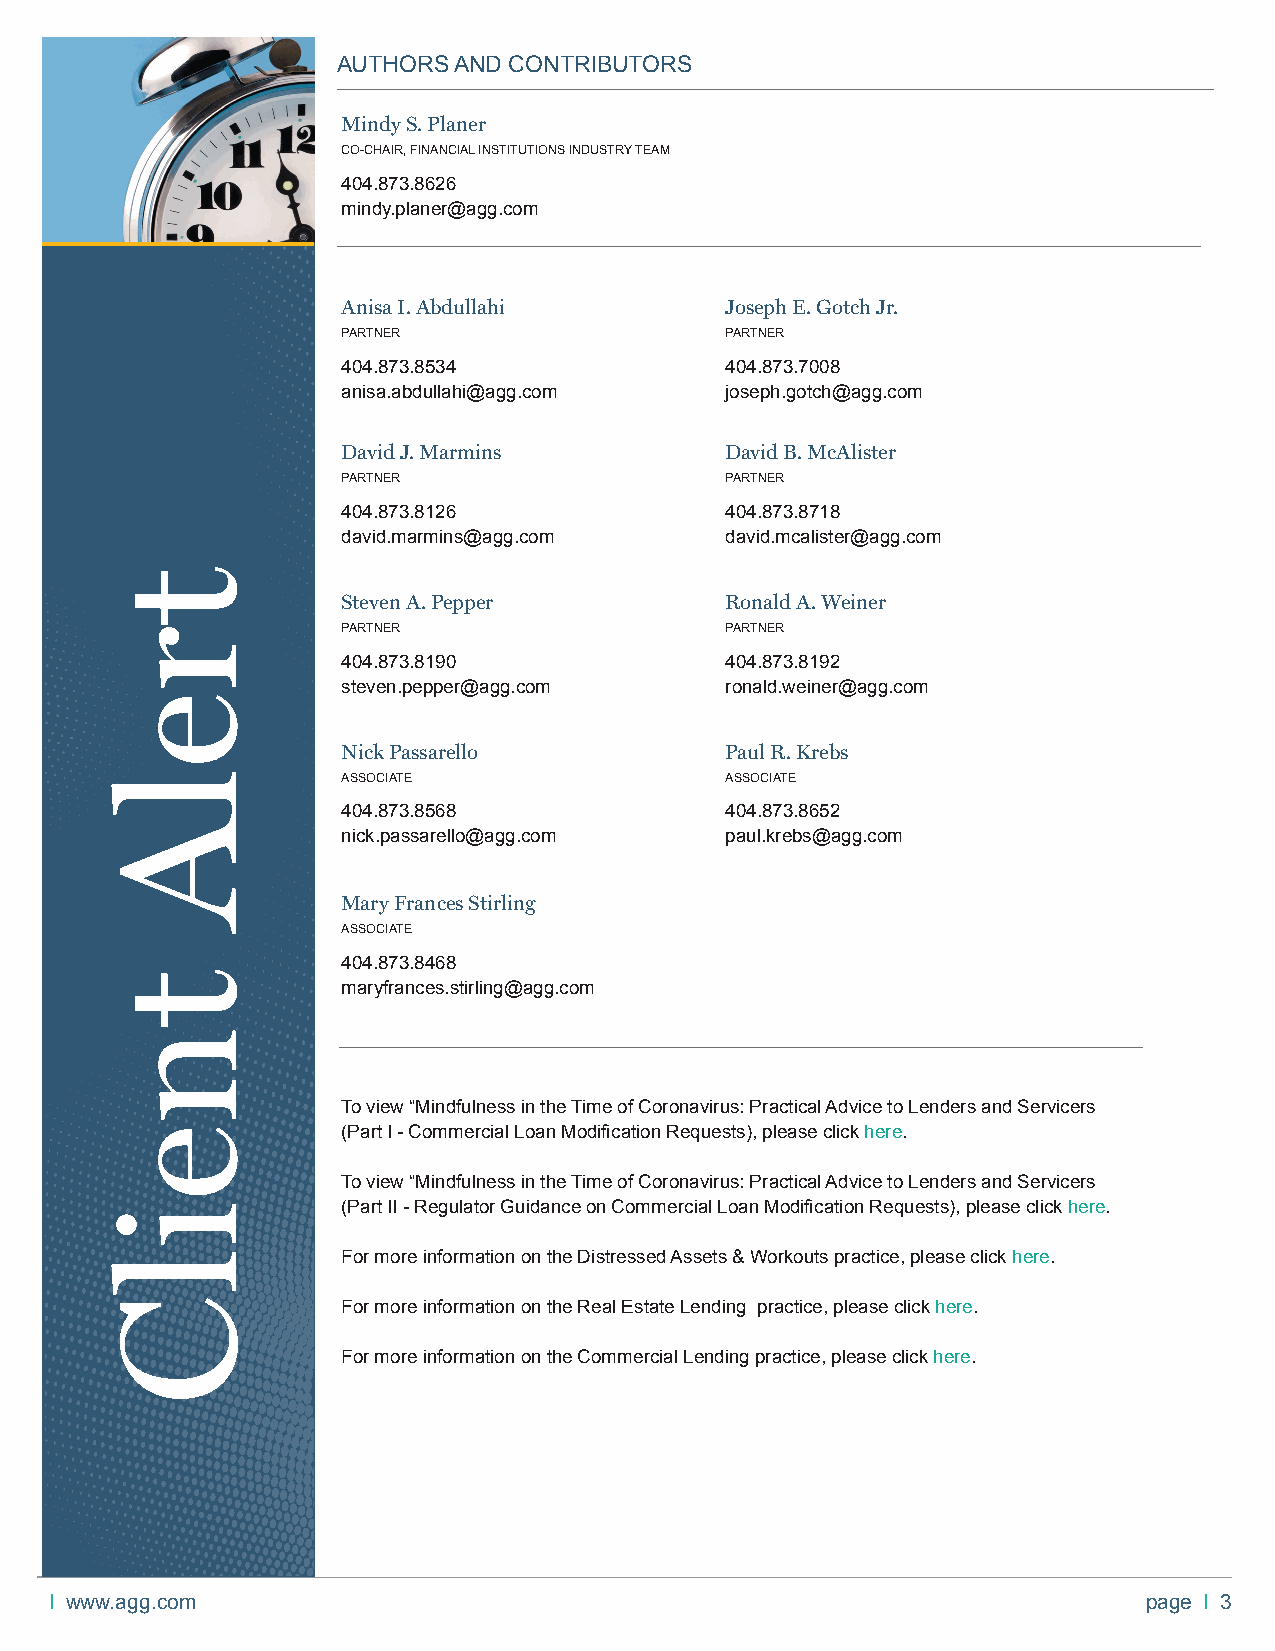
AUTHORS AND CONTRIBUTORS
 Mindy S. Planer
 CO-CHAIR, FINANCIAL INSTITUTIONS INDUSTRY TEAM
 404.873.8626
 mindy.planer@agg.com
 Anisa I. Abdullahi       Joseph E. Gotch Jr.
 PARTNER                  PARTNER
 404.873.8534             404.873.7008
 anisa.abdullahi@agg.com  joseph.gotch@agg.com
 David J. Marmins         David B. McAlister
 PARTNER                  PARTNER
 404.873.8126             404.873.8718
 david.marmins@agg.com    david.mcalister@agg.com
 Steven A. Pepper         Ronald A. Weiner
 PARTNER                  PARTNER
 404.873.8190             404.873.8192
 steven.pepper@agg.com    ronald.weiner@agg.com
 Nick Passarello          Paul R. Krebs
 ASSOCIATE                ASSOCIATE
 404.873.8568             404.873.8652
 nick.passarello@agg.com  paul.krebs@agg.com
 Mary Frances Stirling
 ASSOCIATE
 404.873.8468
 maryfrances.stirling@agg.com
 To view “Mindfulness in the Time of Coronavirus: Practical Advice to Lenders and Servicers
 (Part I - Commercial Loan Modifi cation Requests), please click here.
 To view “Mindfulness in the Time of Coronavirus: Practical Advice to Lenders and Servicers
 (Part II - Regulator Guidance on Commercial Loan Modifi cation Requests), please click here.
 For more information on the Distressed Assets & Workouts practice, please click here.
 For more information on the Real Estate Lending practice, please click here.
 For more information on the Commercial Lending practice, please click here.
 I www.agg.com                                                            page I 3
 trelA
 tneilC